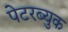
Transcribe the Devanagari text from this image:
पेटरब्युक